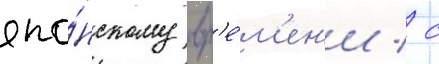
япо́нскому вр'е́м'ен'и / с